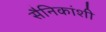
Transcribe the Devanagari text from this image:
सैनिकांशी